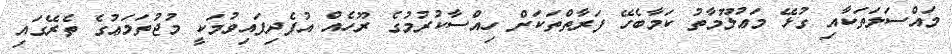
މައްސަލަތަކާއި ގުޅޭ މަޢުލޫމާތު ކަމާބެހޭ ފަރާތްތަކަށް ހިއްސާކުރުމުގެ ރޫހެއް އުފެދިފައިވުމަކީ މުޖުތަމަޢުގެ ތެރޭގައި